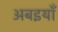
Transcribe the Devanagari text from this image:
अबइयाँ